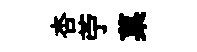
杏苧菓